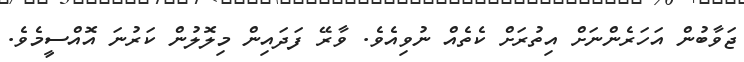
ޖަވާބުން އަހަރެންނަށް އިތުރަށް ކެތެއް ނުވިއެވެ. ވާރޭ ފަދައިން މިލޮލުން ކަރުނަ އޮއްސީމެވެ.